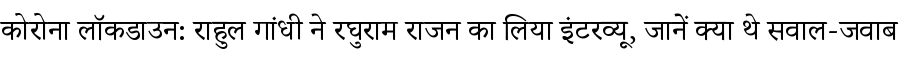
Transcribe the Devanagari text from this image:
कोरोना लॉकडाउन: राहुल गांधी ने रघुराम राजन का लिया इंटरव्यू, जानें क्या थे सवाल-जवाब